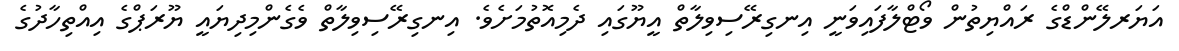
އަޔަރލޭންޑްގެ ރައްޔިތުން ވޯޓްލާފައިވަނީ އިނގިރޭސިވިލާތް އީޔޫގައި ދެމިއޮތުމަށެވެ. އިނގިރޭސިވިލާތް ވެގެންމިދިޔައީ ޔޫރަޕްގެ އިއްތިހާދުގެ